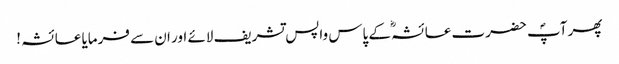
پھر آپؐ حضرت عائشہؓ کے پاس واپس تشریف لائے اور ان سے فرمایا عائشہ !